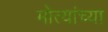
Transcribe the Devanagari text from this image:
मोत्यांच्या